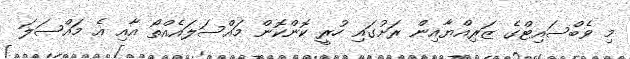
މި ވެބްސައިޓްގެ ޒަރިއްޔާއިން ރަށުގައި ހުރީ ކޮންކޮން މައްސަލައެއްތޯ އާއި އެ މައްސަލަ